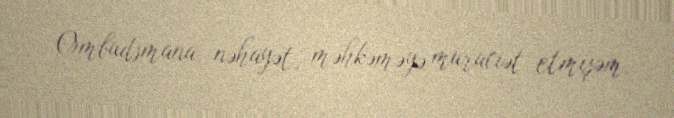
Ombudsmana, nəhayət, məhkəməyə müraciət etmişəm.